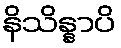
နိသိန္နာပိ